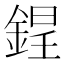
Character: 𨨌